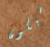
سيكون